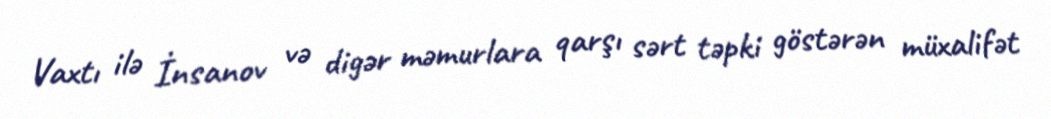
Vaxtı ilə İnsanov və digər məmurlara qarşı sərt təpki göstərən müxalifət